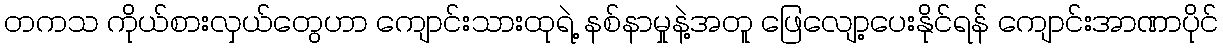
တကသ ကိုယ်စားလှယ်တွေဟာ ကျောင်းသားထုရဲ့ နစ်နာမှုနဲ့အတူ ဖြေလျော့ပေးနိုင်ရန် ကျောင်းအာဏာပိုင်